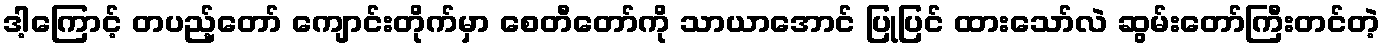
ဒါ့ကြောင့် တပည့်တော် ကျောင်းတိုက်မှာ စေတီတော်ကို သာယာအောင် ပြုပြင် ထားသော်လဲ ဆွမ်းတော်ကြီးတင်တဲ့